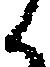
候